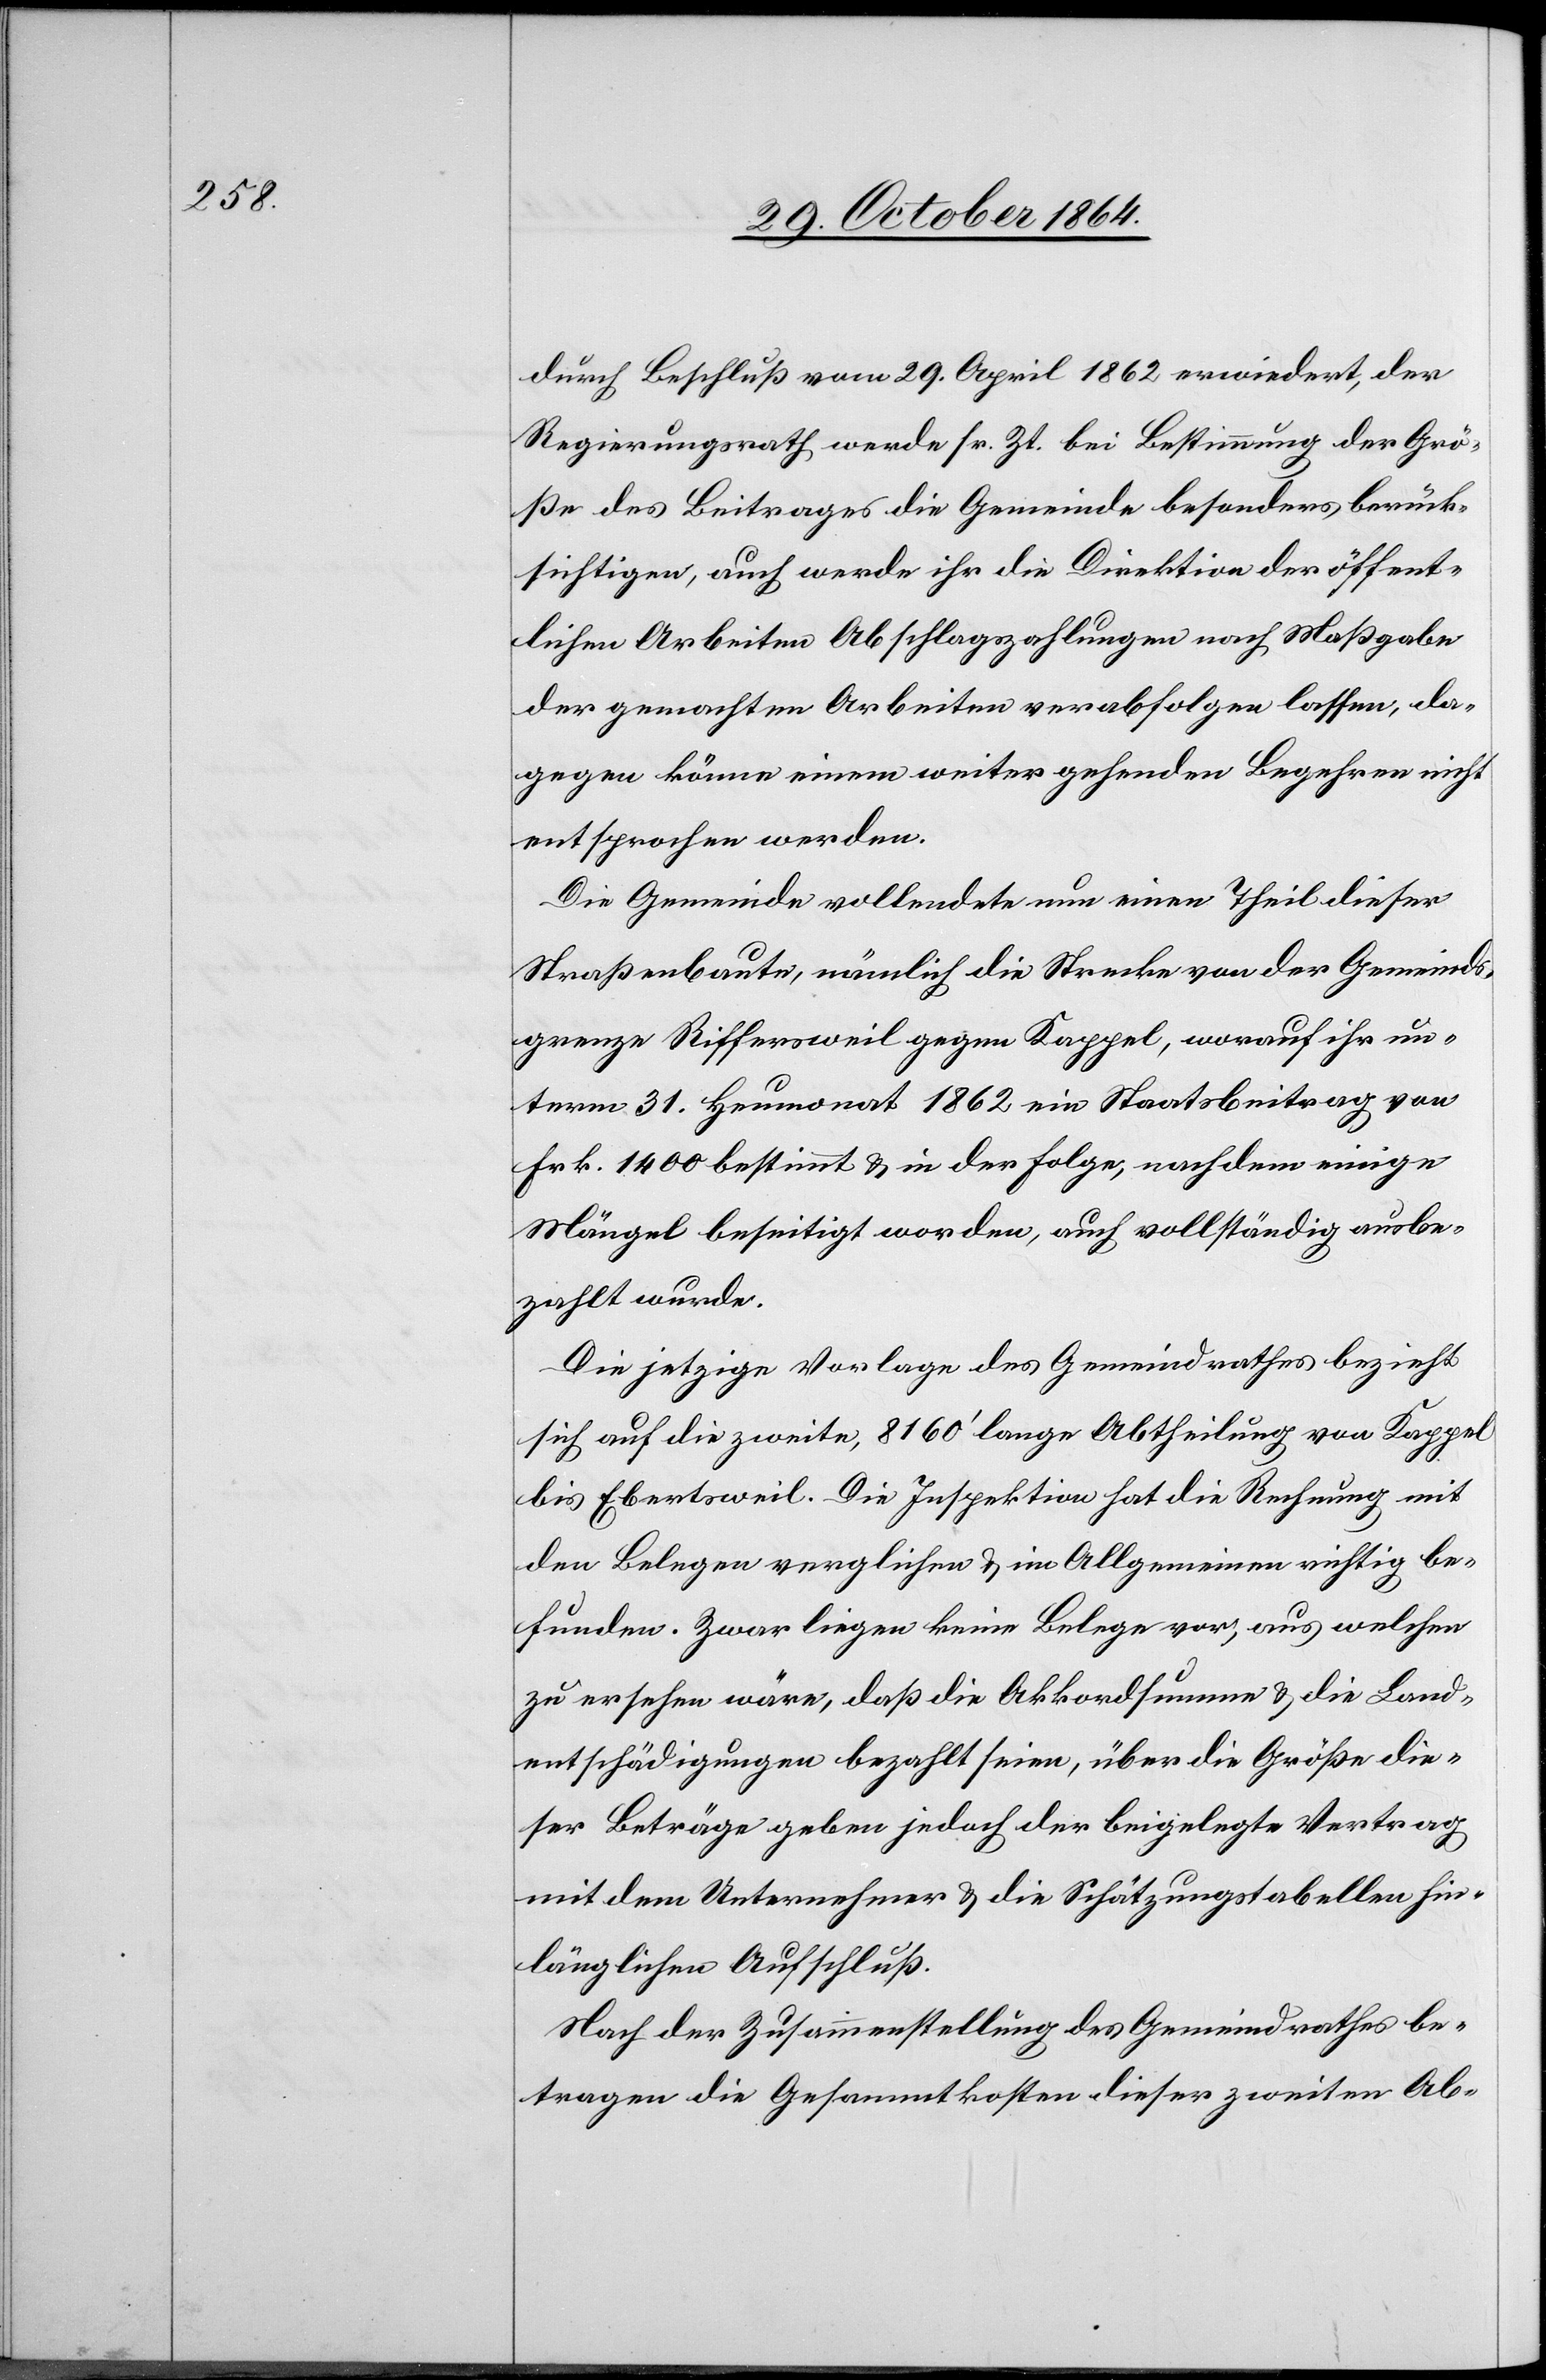
durch Beschluß vom 29. April 1862 erwiedert, der
Regierungsrath werde sr. Zt. bei Bestimmung der Grö¬
ße des Beitrages die Gemeinde besonders berück¬
sichtigen, auch werde ihr die Direktion der öffent¬
lichen Arbeiten Abschlagszahlungen nach Maßgabe
der gemachten Arbeiten verabfolgen lassen, da¬
gegen könne einem weiter gehenden Begehren nicht
entsprochen werden.
Die Gemeinde vollendete nun einen Theil dieser
Straßenbaute, nämlich die Strecke von der Gemeinds¬
grenze Riffersweil gegen Kappel, worauf ihr un¬
term 31. Heumonat 1862 ein Staatsbeitrag von
Frk. 1400 bestimmt & in der Folge, nachdem einige
Mängel beseitigt worden, auch vollständig ausbe¬
zahlt wurde.
Die jetzige Vorlage des Gemeindrathes bezieht
sich auf die zweite, 8160’ lange Abtheilung von Kappel
bis Ebertsweil. Die Inspektion hat die Rechnung mit
den Belegen verglichen & im Allgemeinen richtig be¬
funden. Zwar liegen keine Belege vor, aus welchen
zu ersehen wäre, daß die Akkordsumme & die Land¬
entschädigungen bezahlt seien, über die Größe die¬
ser Beträge geben jedoch der beigelegte Vertrag
mit dem Unternehmer & die Schätzungstabellen hin¬
länglichen Aufschluß.
Nach der Zusammenstellung des Gemeindrathes be¬
tragen die Gesammtkosten dieser zweiten Ab-